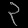
Digit: ၃